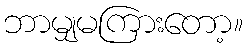
ဘာမျှမကြားတော့။